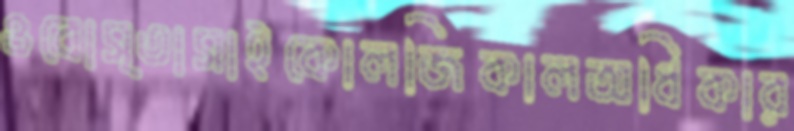
ওবোস্তাসাইকোলজিকালঅধিকার